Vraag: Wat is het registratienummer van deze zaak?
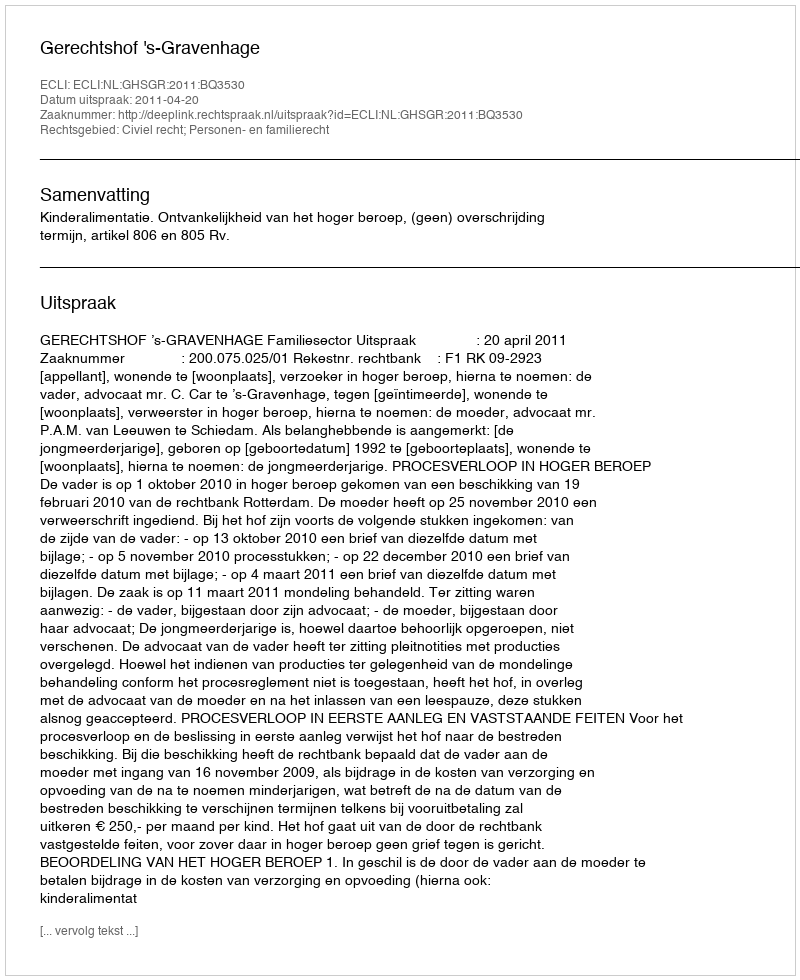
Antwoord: http://deeplink.rechtspraak.nl/uitspraak?id=ECLI:NL:GHSGR:2011:BQ3530